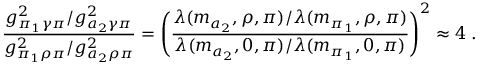
{ \frac { g _ { \pi _ { 1 } \gamma \pi } ^ { 2 } / g _ { a _ { 2 } \gamma \pi } ^ { 2 } } { g _ { \pi _ { 1 } \rho \pi } ^ { 2 } / g _ { a _ { 2 } \rho \pi } ^ { 2 } } } = \left( { \frac { \lambda ( m _ { a _ { 2 } } , \rho , \pi ) / \lambda ( m _ { \pi _ { 1 } } , \rho , \pi ) } { \lambda ( m _ { a _ { 2 } } , 0 , \pi ) / \lambda ( m _ { \pi _ { 1 } } , 0 , \pi ) } } \right) ^ { 2 } \approx 4 \; .